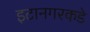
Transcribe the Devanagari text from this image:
इटानगरकडे